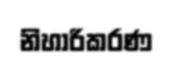
නිහාරිකරණ